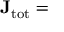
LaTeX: \mathbf { J } _ { \mathrm { { t o t } } } =